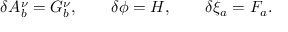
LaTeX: \delta A _ { b } ^ { \nu } = G _ { b } ^ { \nu } , \qquad \delta \phi = H , \qquad \delta \xi _ { a } = F _ { a } .